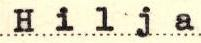
Hilja